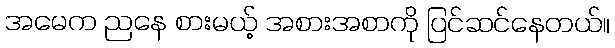
အမေက ညနေ စားမယ့် အစားအစာကို ပြင်ဆင်နေတယ်။